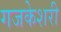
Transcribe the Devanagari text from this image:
गजकेशरी